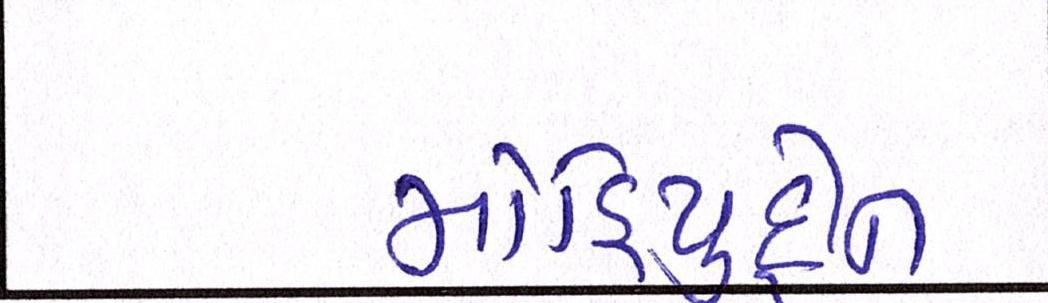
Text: મોહિયુદ્દીન